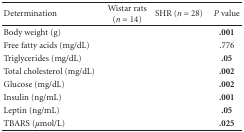
<table><thead><tr><td><b>Determination</b></td><td><b>Wistar rats (<i>n </i>= 14)</b></td><td><b>SHR (<i>n </i>= 28)</b></td><td><b><i>P</i> value</b></td></tr></thead><tbody><tr><td>Body weight (g)</td><td>[EMPTY_CELL]</td><td>[EMPTY_CELL]</td><td><b>.001</b></td></tr><tr><td>Free fatty acids (mg/dL)</td><td>[EMPTY_CELL]</td><td>[EMPTY_CELL]</td><td>.776</td></tr><tr><td>Triglycerides (mg/dL)</td><td>[EMPTY_CELL]</td><td>[EMPTY_CELL]</td><td><b>.05</b></td></tr><tr><td>Total cholesterol (mg/dL)</td><td>[EMPTY_CELL]</td><td>[EMPTY_CELL]</td><td><b>.002</b></td></tr><tr><td>Glucose (mg/dL)</td><td>[EMPTY_CELL]</td><td>[EMPTY_CELL]</td><td><b>.002</b></td></tr><tr><td>Insulin (ng/mL)</td><td>[EMPTY_CELL]</td><td>[EMPTY_CELL]</td><td><b>.001</b></td></tr><tr><td>Leptin (ng/mL)</td><td>[EMPTY_CELL]</td><td>[EMPTY_CELL]</td><td><b>.05</b></td></tr><tr><td>TBARS (<i>μ</i>mol/L)</td><td>[EMPTY_CELL]</td><td>[EMPTY_CELL]</td><td><b>.025</b></td></tr></tbody></table>